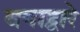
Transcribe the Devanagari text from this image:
वगाद्वारे